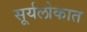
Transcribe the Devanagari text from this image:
सूर्यलोकात